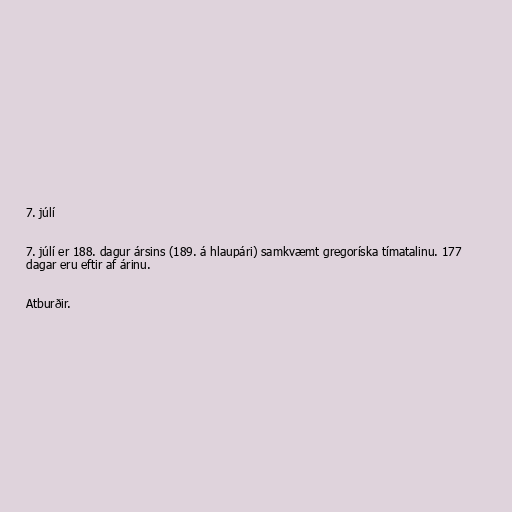
7. júlí

7. júlí er 188. dagur ársins (189. á hlaupári) samkvæmt gregoríska tímatalinu. 177
dagar eru eftir af árinu.

Atburðir.